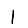
Digit: 1